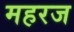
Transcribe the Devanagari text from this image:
महरज